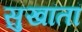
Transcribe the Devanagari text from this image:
सुखांतां